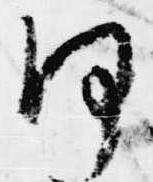
何